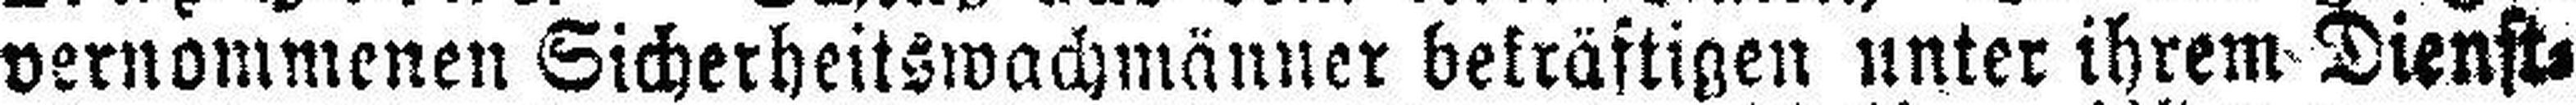
vernommenen Sicherheitswachmänner bekräftigen unter ihrem Dienst¬